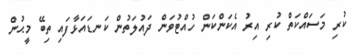
ކުރި މަސައްކަތް ކުރި އިރު އެކަންކަން ހުއްޓުވަން ދައުލަތުން ކަނޑައަޅާފައި ތިބޭ މީޙުން